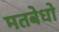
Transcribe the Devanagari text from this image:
मतबेधो